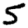
Digit: 5